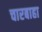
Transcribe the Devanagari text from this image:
चारबाहा